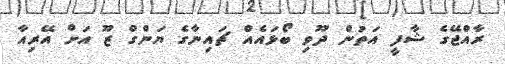
ރާއްޖޭގެ ޝާފީ އަތުން ދޫވި ބޯޅައެއް ޗައިނާގެ ޔަންގް ޒޫ އަށް އޭރިއާ